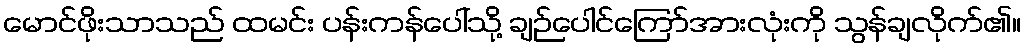
မောင်ဖိုးသာသည် ထမင်း ပန်းကန်ပေါ်သို့ ချဉ်ပေါင်ကြော်အားလုံးကို သွန်ချလိုက်၏။